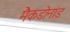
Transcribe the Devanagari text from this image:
मैकडोनांड